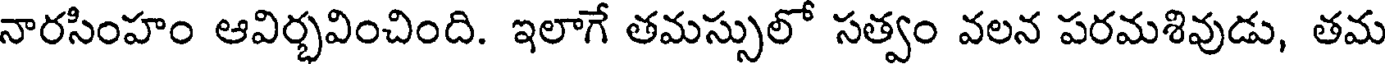
నారసింహం ఆవిర్భవించింది. ఇలాగే తమస్సులో సత్వం వలన పరమశివుడు, తమ